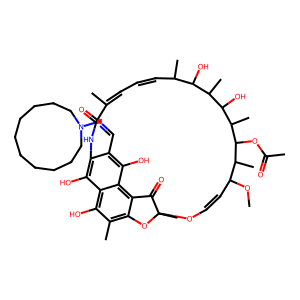
SMILES: COC1C=COC2(C)Oc3c(C)c(O)c4c(O)c(c(C=NN5CCCCCCCCCC5)c(O)c4c3C2=O)NC(=O)C(C)=CC=CC(C)C(O)C(C)C(O)C(C)C(OC(C)=O)C1C
Inhibits HIV replication: No